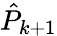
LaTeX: \hat{P}_{k+1}